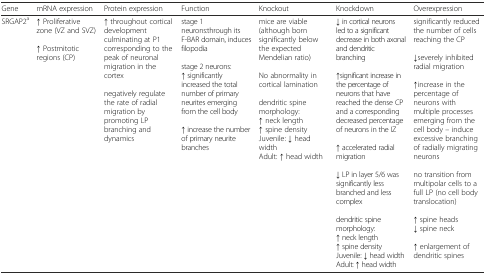
| Gene | mRNA expression | Protein expression | Function | Knockout | Knockdown | Overexpression |
 | --- | --- | --- | --- | --- | --- | --- |
 | SRGAP2a | ↑ Proliferative zone (VZ and SVZ)↑ Postmitotic regions (CP) | ↑ throughout cortical development culminating at P1 corresponding to the peak of neuronal migration in the cortexnegatively regulate the rate of radial migration by promoting LP branching and dynamics | stage 1 neurons:through its F-BAR domain, induces filopodiastage 2 neurons:↑ significantly increased the total number of primary neurites emerging from the cell body↑ increase the number of primary neurite branches | mice are viable (although born significantly below the expected Mendelian ratio)No abnormality in cortical laminationdendritic spine morphology:↑ neck length↑ spine densityJuvenile: ↓ head widthAdult: ↑ head width | ↓ in cortical neurons led to a significant decrease in both axonal and dendritic branching↑significant increase in the percentage of neurons that have reached the dense CP and a corresponding decreased percentage of neurons in the IZ↑ accelerated radial migration↓ LP in layer 5/6 was significantly less branched and less complexdendritic spine morphology:↑ neck length↑ spine densityJuvenile: ↓ head widthAdult: ↑ head width | significantly reduced the number of cells reaching the CP↓severely inhibited radial migration↑increase in the percentage of neurons with multiple processes emerging from the cell body – induce excessive branching of radially migrating neuronsno transition from multipolar cells to a full LP (no cell body translocation)↑ spine heads↓ spine neck↑ enlargement of dendritic spines |